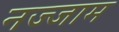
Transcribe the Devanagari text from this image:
नज्जाम